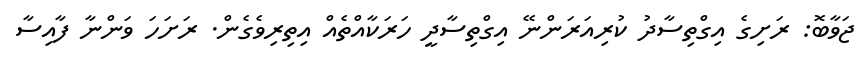
ޖަވާބޮ: ރަށިގެ އިގްތިސާދު ކުރިއަރަންނޭ އިގްތިސާދީ ހަރަކާއްތެއް އިތިރިވެގެން. ރަށަހަ ވަންނާ ފާއިސާ